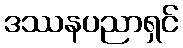
ဒဿနပညာရှင်